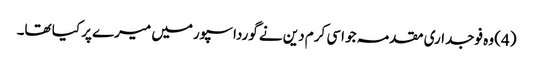
(4) وہ فوجداری مقدمہ جو اسی کرم دین نے گورداسپورمیں میرے پر کیا تھا۔